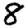
Digit: 8